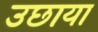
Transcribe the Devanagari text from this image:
उछाया